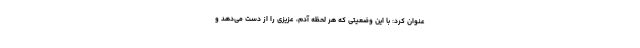
عنوان کرد: با این وضعیتی که هر لحظه آدم، عزیزی را از دست می‌دهد و